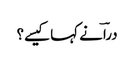
دراؔ نے کہا کیسے؟